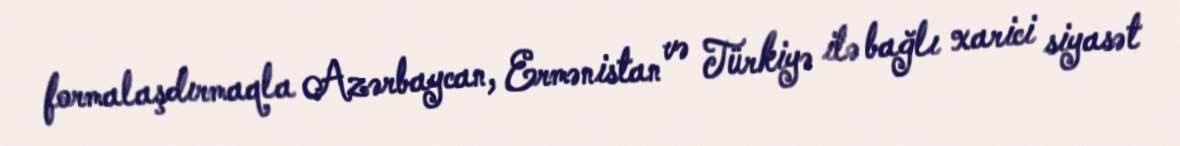
formalaşdırmaqla Azərbaycan, Ermənistan və Türkiyə ilə bağlı xarici siyasət